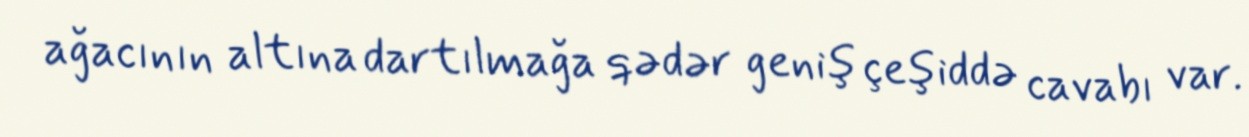
ağacının altına dartılmağa qədər geniş çeşiddə cavabı var.